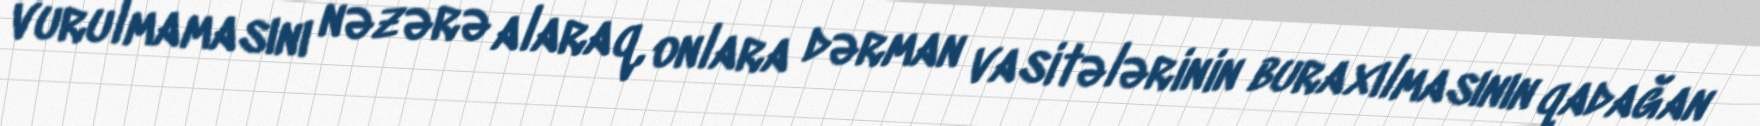
vurulmamasını nəzərə alaraq, onlara dərman vasitələrinin buraxılmasının qadağan